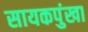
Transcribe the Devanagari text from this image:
सायकपुंखा